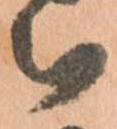
被